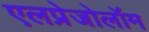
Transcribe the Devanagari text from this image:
एलप्रेजोलॉम